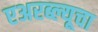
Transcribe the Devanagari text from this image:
एअरब्ल्यूचा